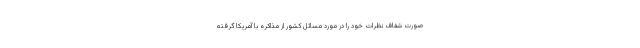
صورت شفاف نظرات خود را در مورد مسائل کشور از مذاکره با آمریکا گرفته